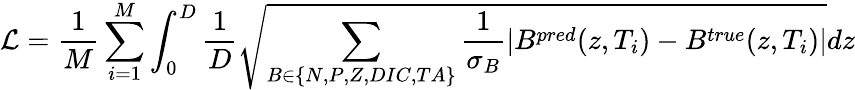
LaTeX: \mathcal{L}=\frac{1}{M}\sum_{i=1}^{M}\int_{0}^{D}\frac{1}{D}\sqrt{\sum_{B\in\{ N,P,Z,DIC,TA\} }\frac{1}{\sigma_{B}}|B^{pred}(z,T_{i})-B^{true}(z,T_{i})|}dz